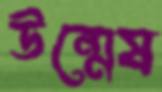
উন্মেষ